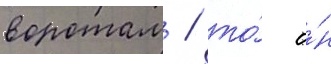
воротам / то́ о́н